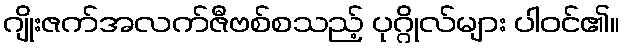
ဂျိုးဇက်အလက်ဇီဗစ်စသည့် ပုဂ္ဂိုလ်များ ပါဝင်၏။